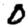
Digit: 0